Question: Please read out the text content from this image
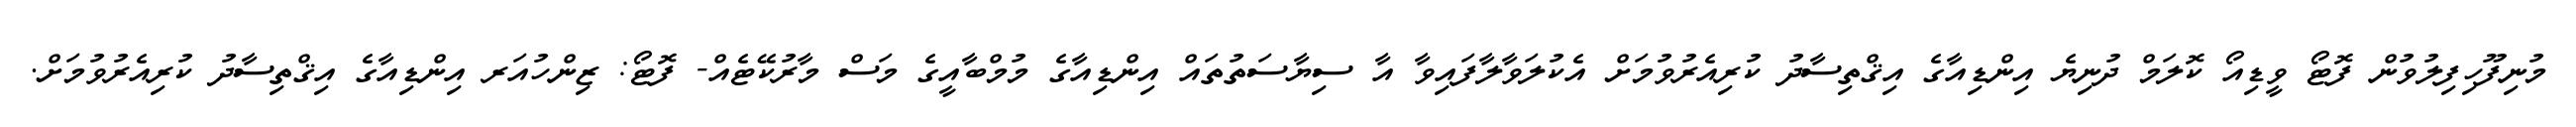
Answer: މުނިފޫހިފިލުވުން ފޮޓޯ ވީޑިއޯ ކޮލަމް ދުނިޔެ އިންޑިއާގެ އިޤްތިސާދު ކުރިއެރުވުމަށް އެކުލަވާލާފައިވާ އާ ސިޔާސަތުތައް އިންޑިއާގެ މުމްބާއީގެ މަސް މާރުކޭޓެއް- ފޮޓޯ: ޒިންހުއަރ އިންޑިއާގެ އިޤްތިސާދު ކުރިއެރުވުމަށް.